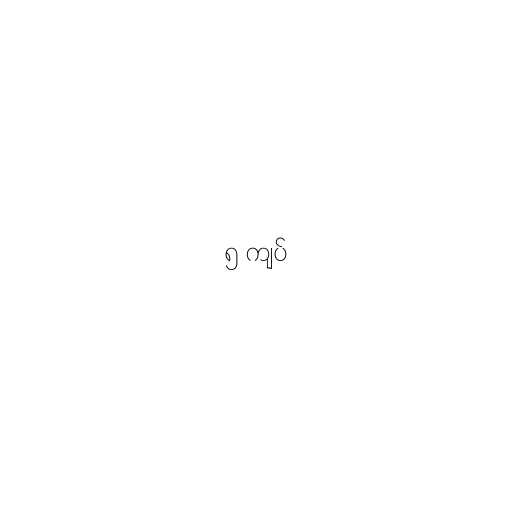
၅ ကျပ်